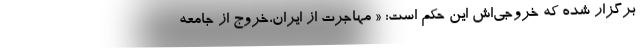
برگزار شده که خروجی‌اش این حکم است: « مهاجرت از ایران،خروج از جامعه